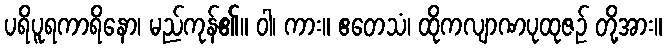
ပရိပူရကာရိနော၊ မည်ကုန်၏။ ဝါ၊ ကား။ ဧတေသံ၊ ထိုကလျာဏပုထုဇဉ် တို့အား။